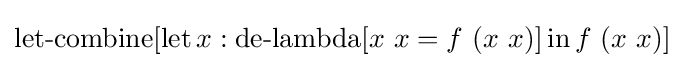
\operatorname {let-combine} [\operatorname {let} x:\operatorname {de-lambda} [x\ x=f\ (x\ x)]\operatorname {in} f\ (x\ x)]